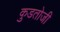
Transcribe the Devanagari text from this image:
कुडतोजी